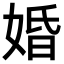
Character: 婚